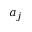
a _ { j }